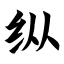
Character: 纵